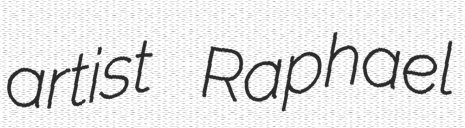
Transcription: artist Raphael